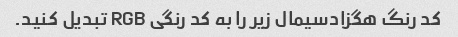
کد رنگ هگزادسیمال زیر را به کد رنگی RGB تبدیل کنید.